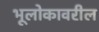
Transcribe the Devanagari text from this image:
भूलोकावरील